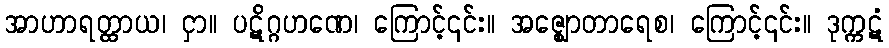
အာဟာရတ္ထာယ၊ ငှာ။ ပဋိဂ္ဂဟဏေ၊ ကြောင့်၎င်း။ အဇ္ဈောတာရေစ၊ ကြောင့်၎င်း။ ဒုက္ကဋံ